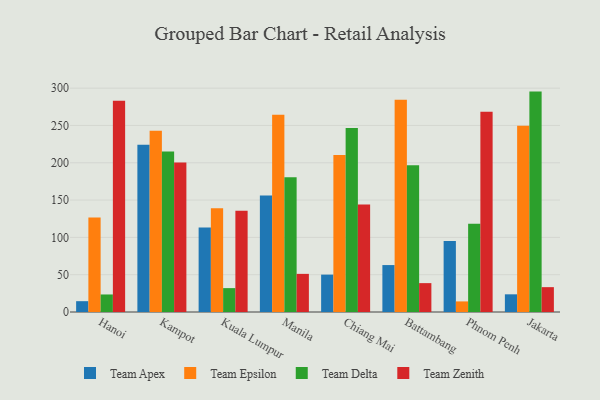
{"axis": {"x": "City", "y": "Market Share (%)"}, "legend": ["Team Apex", "Team Delta", "Team Epsilon", "Team Zenith"], "data": [{"x": "Hanoi", "y": 14.5, "type": "Team Apex"}, {"x": "Hanoi", "y": 126.5, "type": "Team Epsilon"}, {"x": "Hanoi", "y": 23.5, "type": "Team Delta"}, {"x": "Hanoi", "y": 283.0, "type": "Team Zenith"}, {"x": "Kampot", "y": 224.3, "type": "Team Apex"}, {"x": "Kampot", "y": 242.8, "type": "Team Epsilon"}, {"x": "Kampot", "y": 215.2, "type": "Team Delta"}, {"x": "Kampot", "y": 200.5, "type": "Team Zenith"}, {"x": "Kuala Lumpur", "y": 113.2, "type": "Team Apex"}, {"x": "Kuala Lumpur", "y": 139.2, "type": "Team Epsilon"}, {"x": "Kuala Lumpur", "y": 32.0, "type": "Team Delta"}, {"x": "Kuala Lumpur", "y": 135.8, "type": "Team Zenith"}, {"x": "Manila", "y": 156.2, "type": "Team Apex"}, {"x": "Manila", "y": 264.5, "type": "Team Epsilon"}, {"x": "Manila", "y": 180.5, "type": "Team Delta"}, {"x": "Manila", "y": 51.1, "type": "Team Zenith"}, {"x": "Chiang Mai", "y": 50.1, "type": "Team Apex"}, {"x": "Chiang Mai", "y": 210.3, "type": "Team Epsilon"}, {"x": "Chiang Mai", "y": 246.5, "type": "Team Delta"}, {"x": "Chiang Mai", "y": 144.2, "type": "Team Zenith"}, {"x": "Battambang", "y": 62.9, "type": "Team Apex"}, {"x": "Battambang", "y": 284.6, "type": "Team Epsilon"}, {"x": "Battambang", "y": 196.7, "type": "Team Delta"}, {"x": "Battambang", "y": 38.7, "type": "Team Zenith"}, {"x": "Phnom Penh", "y": 95.0, "type": "Team Apex"}, {"x": "Phnom Penh", "y": 14.2, "type": "Team Epsilon"}, {"x": "Phnom Penh", "y": 118.2, "type": "Team Delta"}, {"x": "Phnom Penh", "y": 268.3, "type": "Team Zenith"}, {"x": "Jakarta", "y": 23.7, "type": "Team Apex"}, {"x": "Jakarta", "y": 249.7, "type": "Team Epsilon"}, {"x": "Jakarta", "y": 295.4, "type": "Team Delta"}, {"x": "Jakarta", "y": 33.3, "type": "Team Zenith"}]}